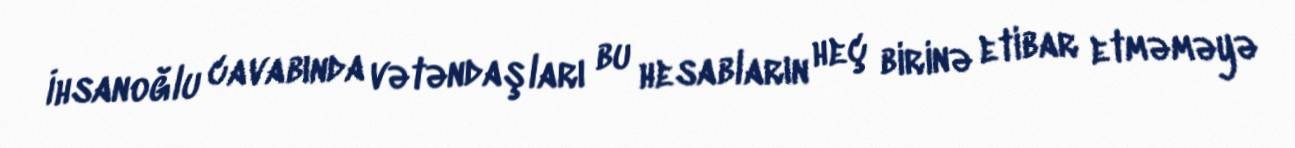
İhsanoğlu cavabında vətəndaşları bu hesabların heç birinə etibar etməməyə